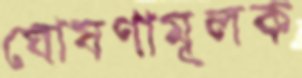
ঘোষণামূলক